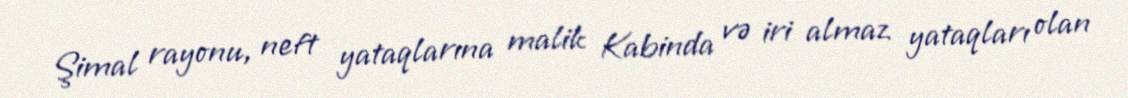
Şimal rayonu, neft yataqlarına malik Kabinda və iri almaz yataqları olan